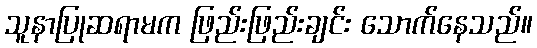
သူနာပြုဆရာမက ဖြည်းဖြည်းချင်း သောက်နေသည်။